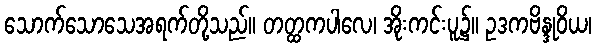
သောက်သောသေအရက်တို့သည်။ တတ္ထကပါလေ၊ အိုးကင်းပူ၌။ ဥဒကဗိန္ဒုဝိယ၊